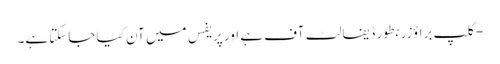
- کلپ براؤزر بطور ڈیفالٹ آف ہے اور پریفس میں آن کیا جاسکتا ہے۔